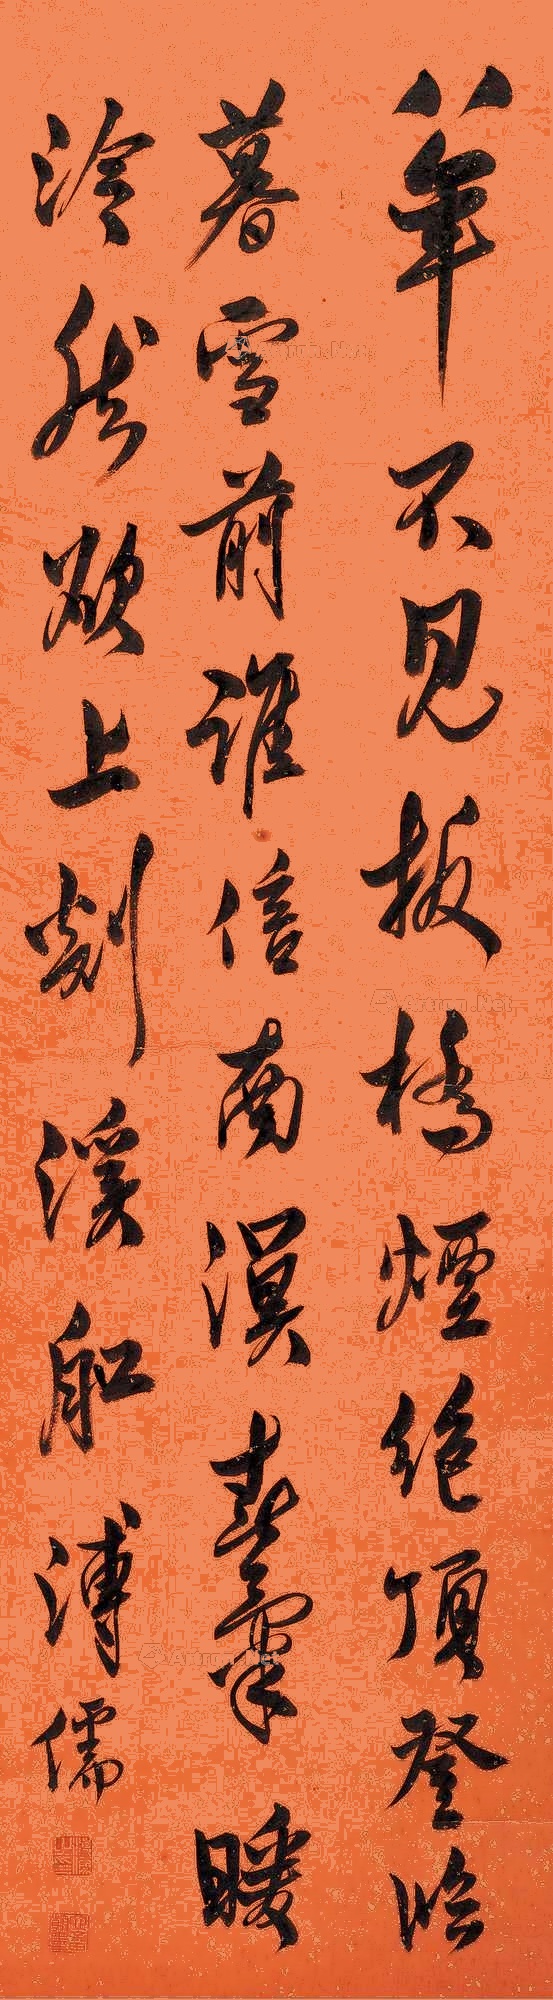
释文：八年不见板桥烟，绝顶登临暮雪前。谁信南溟春气暖，泠然欲上剡溪船。溥儒。